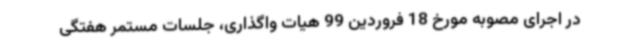
در اجرای مصوبه مورخ 18 فروردین 99 هیات واگذاری، جلسات مستمر هفتگی